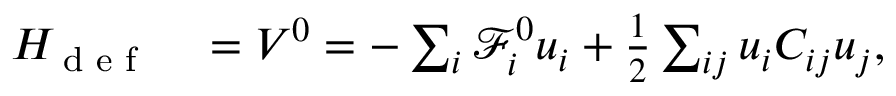
\begin{array} { r l } { H \sb { \textnormal { d e f } } } & { { } = V ^ { 0 } = - \sum _ { i } \mathcal { F } _ { i } ^ { 0 } u _ { i } + \frac 1 2 \sum _ { i j } u _ { i } C _ { i j } u _ { j } , } \end{array}